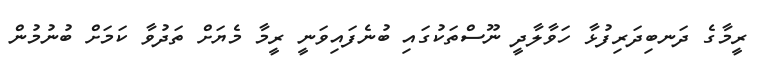
ރީމާގެ ދަނބިދަރިފުޅާ ހަވާލާދީ ނޫސްތަކުގައި ބުނެފައިވަނީ ރީމާ މެޔަށް ތަދުވާ ކަމަށް ބުނުމުން